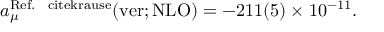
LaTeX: a _ { \mu } ^ { \mathrm { R e f . ~ \ c i t e { k r a u s e } } } ( \mathrm { v e r ; N L O } ) = - 2 1 1 ( 5 ) \times 1 0 ^ { - 1 1 } .